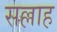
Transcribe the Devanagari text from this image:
सल्लाह